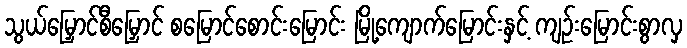
သွယ်မြှောင်စီမြှောင် စမြောင်စောင်းမြောင်း မြို့ကျောက်မြောင်းနှင့် ကျဉ်းမြောင်းစွာလှ